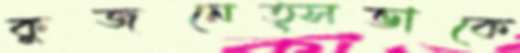
কুজনেত্সভাকে